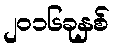
၂၀၁၆ခုနှစ်